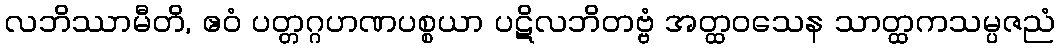
လဘိဿာမီတိ, ဧဝံ ပတ္တဂ္ဂဟဏပစ္စယာ ပဋိလဘိတဗ္ဗံ အတ္ထဝသေန သာတ္ထကသမ္ပဇညံ